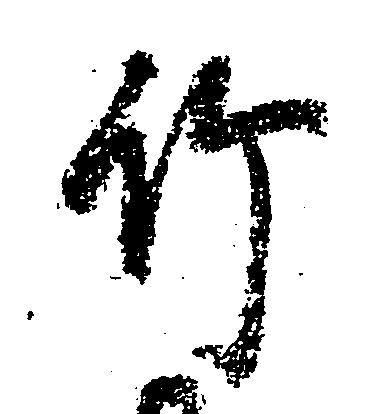
竹